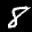
Label: 8